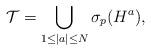
LaTeX: \begin{align*}\mathcal{T}=\bigcup_{1\le|a|\le N}\sigma_p(H^a),\end{align*}